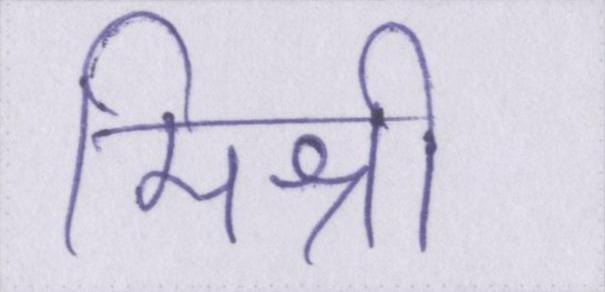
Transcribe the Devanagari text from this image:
मिश्री